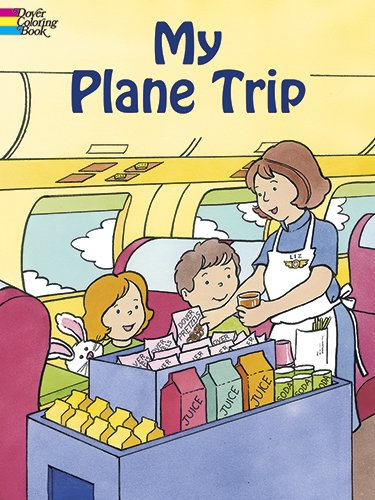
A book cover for My Plane Trip (Dover Coloring Books); Children's Books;